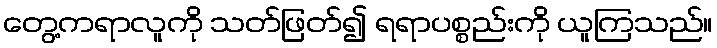
တွေ့ကရာလူကို သတ်ဖြတ်၍ ရရာပစ္စည်းကို ယူကြသည်။